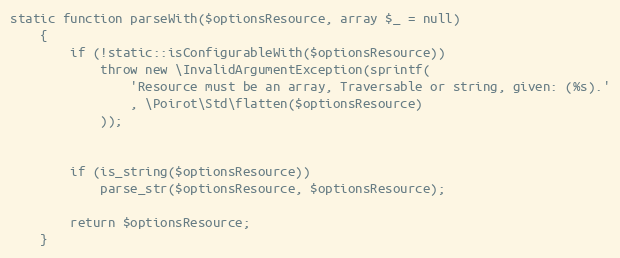
Language: PHP
static function parseWith($optionsResource, array $_ = null)
    {
        if (!static::isConfigurableWith($optionsResource))
            throw new \InvalidArgumentException(sprintf(
                'Resource must be an array, Traversable or string, given: (%s).'
                , \Poirot\Std\flatten($optionsResource)
            ));

        if (is_string($optionsResource))
            parse_str($optionsResource, $optionsResource);

        return $optionsResource;
    }